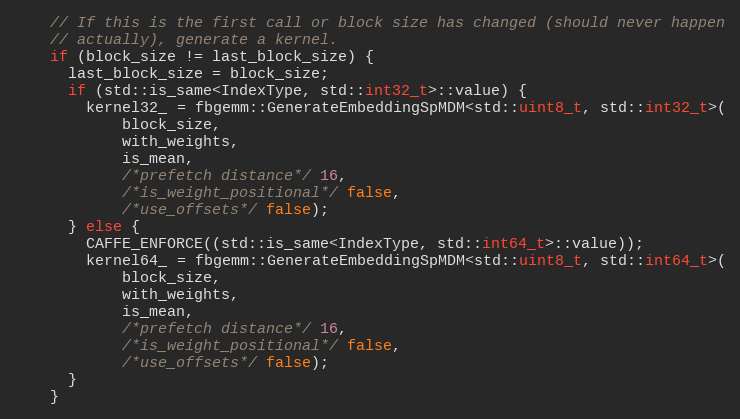
Language: C
    // If this is the first call or block size has changed (should never happen
    // actually), generate a kernel.
    if (block_size != last_block_size) {
      last_block_size = block_size;
      if (std::is_same<IndexType, std::int32_t>::value) {
        kernel32_ = fbgemm::GenerateEmbeddingSpMDM<std::uint8_t, std::int32_t>(
            block_size,
            with_weights,
            is_mean,
            /*prefetch distance*/ 16,
            /*is_weight_positional*/ false,
            /*use_offsets*/ false);
      } else {
        CAFFE_ENFORCE((std::is_same<IndexType, std::int64_t>::value));
        kernel64_ = fbgemm::GenerateEmbeddingSpMDM<std::uint8_t, std::int64_t>(
            block_size,
            with_weights,
            is_mean,
            /*prefetch distance*/ 16,
            /*is_weight_positional*/ false,
            /*use_offsets*/ false);
      }
    }